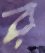
র